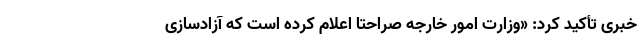
خبری تأکید کرد: «وزارت امور خارجه صراحتاً اعلام کرده است که آزادسازی